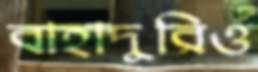
বাহাদুরিও